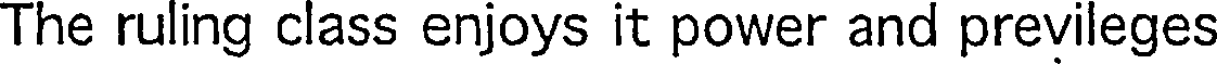
The ruling class enjoys it power and previleges